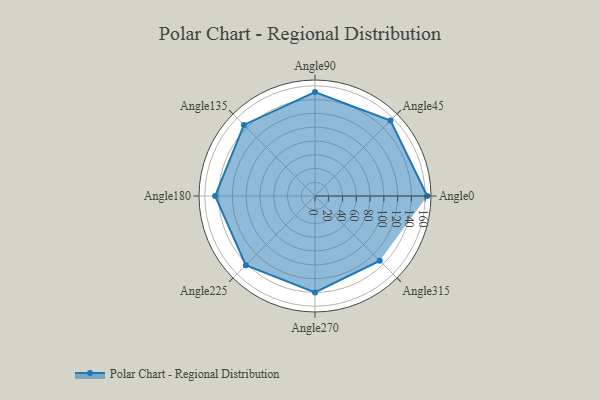
{"axis": {"x": "Angle", "y": "Radius"}, "legend": [""], "data": [{"x": "Angle0", "y": 163.0, "type": ""}, {"x": "Angle45", "y": 155.0, "type": ""}, {"x": "Angle90", "y": 151.0, "type": ""}, {"x": "Angle135", "y": 146.0, "type": ""}, {"x": "Angle180", "y": 145.0, "type": ""}, {"x": "Angle225", "y": 142.0, "type": ""}, {"x": "Angle270", "y": 140.0, "type": ""}, {"x": "Angle315", "y": 133.0, "type": ""}]}